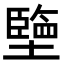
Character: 𡒓